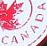
CANADA